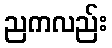
ညကလည်း